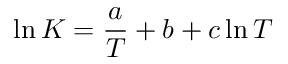
\ln K = { \frac { a } { T } } + b + c \ln T